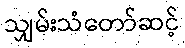
သျှမ်းသံတော်ဆင့်